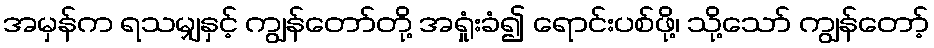
အမှန်က ရသမျှနှင့် ကျွန်တော်တို့ အရှုံးခံ၍ ရောင်းပစ်ဖို့၊ သို့သော် ကျွန်တော့်